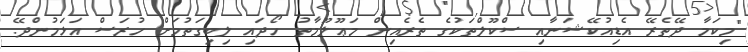
"މިކަމާ ދޭތެރޭ އެޑިއުކޭޝަނާއި ސްކޫލްތަކުގެ ތެރެއިން މަޢޫލޫމާތު ހޯދައި ލިބިގަތުމަށް ހުރަސް އަޅަމުންދޭ.